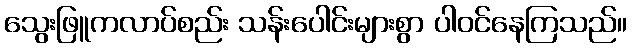
သွေးဖြူကလာပ်စည်း သန်းပေါင်းများစွာ ပါဝင်နေကြသည်။